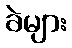
ခဲများ